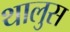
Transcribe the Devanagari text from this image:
थालुस